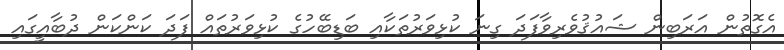
އެގޮތުން އަރަބިން ޝައުޤުވެރިވާފަދަ ގިނަ ކުޅިވަރުތަކާއި ބަޑިބޭހުގެ ކުޅިވަރުތައް ފަދަ ކަންކަން ދުބާއީގައި